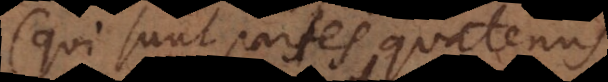
(qui sunt partes quatenus